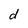
Character: d